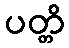
ပတ္တိ